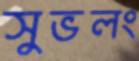
সুভলং